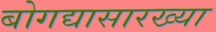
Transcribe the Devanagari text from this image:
बोगद्यासारख्या